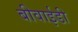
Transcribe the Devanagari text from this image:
बीवाईडी